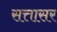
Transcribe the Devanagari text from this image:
सत्तासर